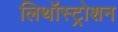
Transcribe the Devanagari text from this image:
लिथॉस्ट्रोशन